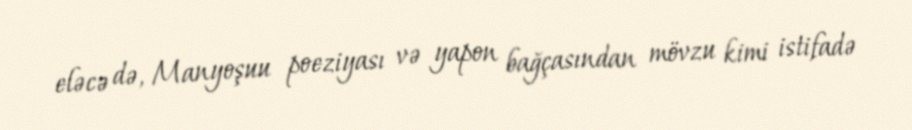
eləcə də, Manyoşuu poeziyası və yapon bağçasından mövzu kimi istifadə